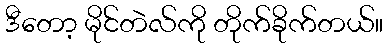
ဒီတော့ မိုင်တဲလ်ကို တိုက်ခိုက်တယ်။